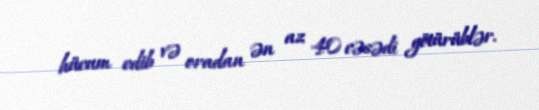
hücum edib və oradan ən az 40 cəsədi götürüblər.